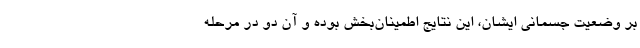
بر وضعیت جسمانی ایشان، این نتایج اطمینان‌بخش بوده و آن دو در مرحله